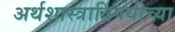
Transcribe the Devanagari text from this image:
अर्थशास्त्राविषयीच्या